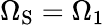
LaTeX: \Omega_{\mathrm{{S}}}=\Omega_{1}